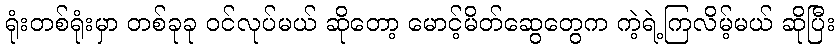
ရုံးတစ်ရုံးမှာ တစ်ခုခု ဝင်လုပ်မယ် ဆိုတော့ မောင့်မိတ်ဆွေတွေက ကဲ့ရဲ့ကြလိမ့်မယ် ဆိုပြီး